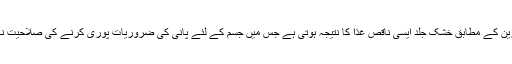
طبی ماہرین کے مطابق خشک جلد ایسی ناقص غذا کا نتیجہ ہوتی ہے جس میں جسم کے لئے پانی کی ضروریات پوری کرنے کی صلاحیت نہیں ہوتی۔